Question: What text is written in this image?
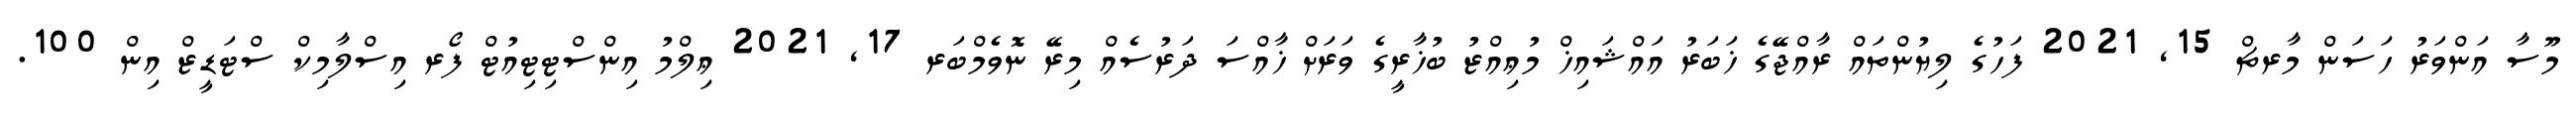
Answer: މޫސާ އަންވަރު ހަސަން މާރޗް 15, 2021 ފަހުގެ ލިޔުންތައް ރާއްޖޭގެ ޚަބަރު އައްޝައިޚް މުޢިއްޒު ބުޚާރީގެ ވަރަށް ޚާއްސަ ދަރުސެއް މިރޭ ނޮވެމްބަރ 17, 2021 ޢިލްމު އިންސްޓިޓިއުޓް ފޯރ އިސްލާމިކް ސްޓަޑީޒް އިން 100.